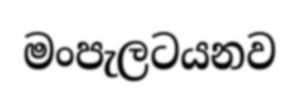
මංපැලටයනව